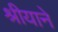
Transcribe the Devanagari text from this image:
श्रीयाने